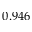
0 . 9 4 6